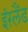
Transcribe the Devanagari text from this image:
इंग़्लैंड